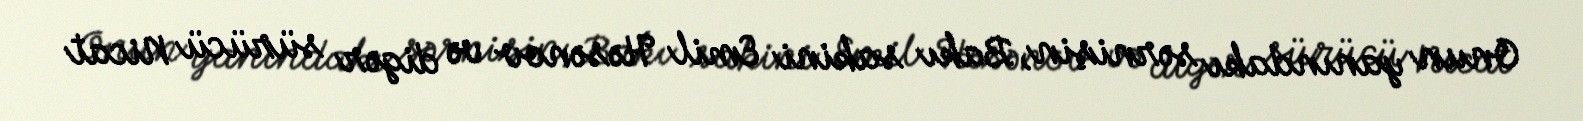
Onun yanındakı sərnişin, Bakı sakini Emil Həsənov və digər sürücü Nicat